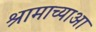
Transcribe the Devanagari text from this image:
श्रामाच्याआ